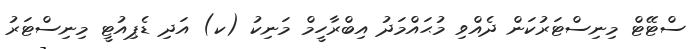
ސްޓޭޓް މިނިސްޓަރުކަން ދެއްވި މުޙައްމަދު އިބްރާހީމް މަނިކު (ކ) އަދި ޑެޕިއުޓީ މިނިސްޓަރު